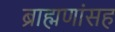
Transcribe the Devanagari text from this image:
ब्राह्मणांसह